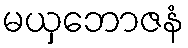
မယှဘောဇနံ